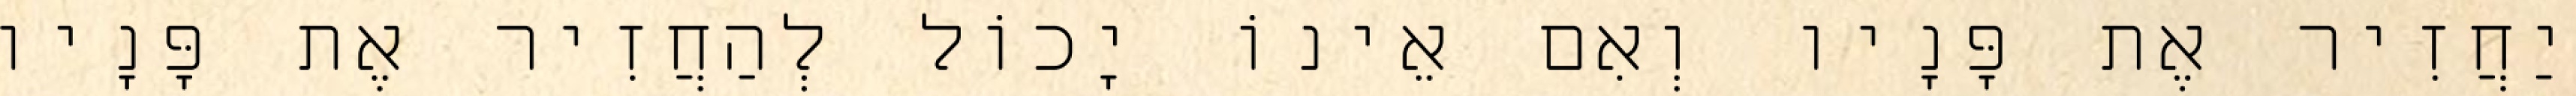
יַחֲזִיר אֶת פָּנָיו וְאִם אֵינוֹ יָכוֹל לְהַחֲזִיר אֶת פָּנָיו